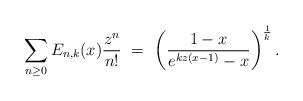
LaTeX: \begin{align*} \sum_{n \geq 0} E_{n,k}(x) \frac{z^{n}}{n!} \ = \ \left ( \frac{1-x}{e^{kz(x-1)}-x}\right ) ^{\frac{1}{k}}.\end{align*}